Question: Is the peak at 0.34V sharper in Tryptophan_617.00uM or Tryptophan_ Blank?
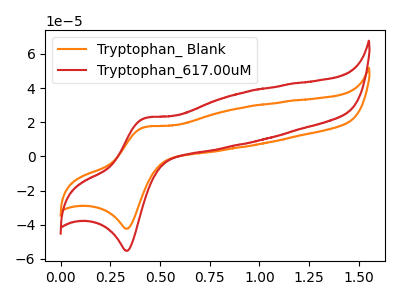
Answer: <think>The orange curve "Tryptophan_ Blank" has an anodic peak at (0.40V, 17.20uA) and a cathodic peak at (0.35V, -42.35uA). The red curve "Tryptophan_617.00uM" has an anodic peak at (0.40V, 22.40uA) and a cathodic peak at (0.35V, -55.25uA).</think>
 <answer>The peak at 0.34V is higher in "Tryptophan_617.00uM" than in "Tryptophan_ Blank".</answer>
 <eval>higher</eval>